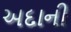
અદાની